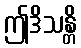
ဤဒိသန္တိ